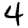
Digit: 4